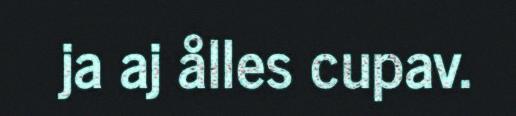
ja aj ålles cupav.